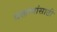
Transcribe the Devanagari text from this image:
वक्तव्यांसाठी